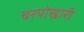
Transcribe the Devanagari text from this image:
चरपोखारी